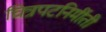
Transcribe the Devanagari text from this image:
चित्रपटनिर्मीती